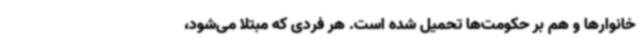
خانوارها و هم بر حکومت‌ها تحمیل شده است. هر فردی که مبتلا می‌شود،